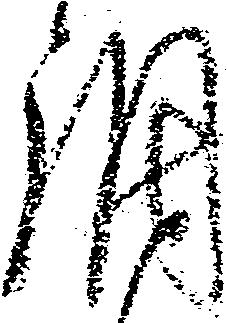
調